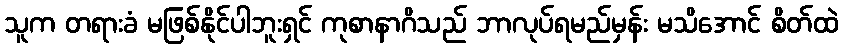
သူက တရားခံ မဖြစ်နိုင်ပါဘူးရှင် ကုစာနာဂိသည် ဘာလုပ်ရမည်မှန်း မသိအောင် စိတ်ထဲ